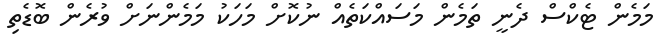
މަމެން ޓެކްސް ދެނީ ތަމެން މަސައްކަތެއް ނުކޮށް މަހަކު މަމެންނަށް ވުރެން ބޮޑެތި